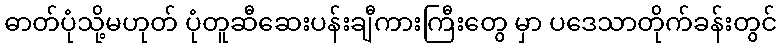
ဓာတ်ပုံသို့မဟုတ် ပုံတူဆီဆေးပန်းချီကားကြီးတွေ မှာ ပဒေသာတိုက်ခန်းတွင်